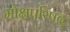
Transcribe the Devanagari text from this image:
मोक्षपरिषद्